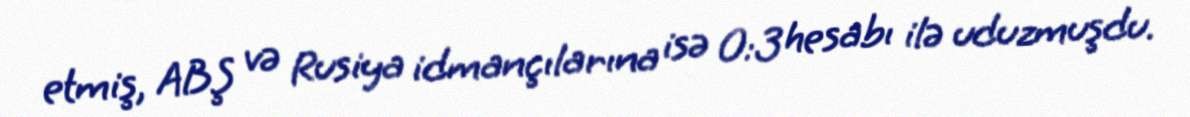
etmiş, ABŞ və Rusiya idmançılarına isə 0:3 hesabı ilə uduzmuşdu.